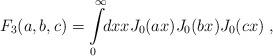
LaTeX: \begin{align*}F_3(a,b,c) = \int\limits_0^{\infty} \!\! dx x J_0(ax) J_0(bx)J_0(cx) \;,\end{align*}